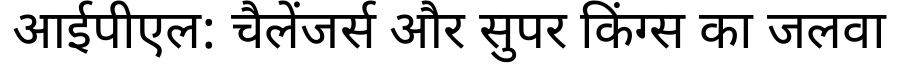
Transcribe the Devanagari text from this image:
आईपीएल: चैलेंजर्स और सुपर किंग्स का जलवा